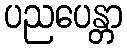
ပညပေန္တာ